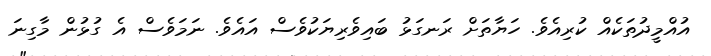
އުއްމީދުތަކެއް ކުރިއެވެ. ހަޔާތަށް ރަނގަޅު ބައިވެރިޔަކުވެސް އައެވެ. ނަމަވެސް އެ ގުޅުން މާގިނަ